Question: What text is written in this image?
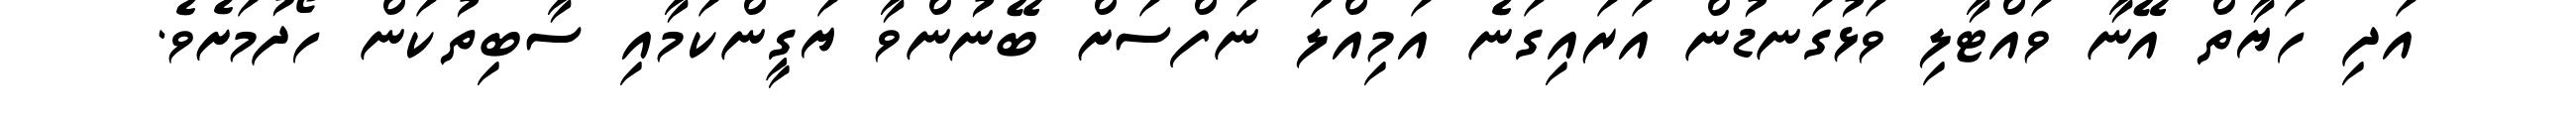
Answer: އަދި ހަޔާތް އޭނާ ވައްޓާލި ވަޅުގަނޑުން އަރައިގަނެ އަމިއްލަ ނަފްސަށް ބޭނުންވާ ޔަގީންކަމާއި ސާބިތުކަން ހޯދުމަށެވެ.